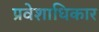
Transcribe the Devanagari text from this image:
प्रवेशाधिकार